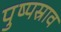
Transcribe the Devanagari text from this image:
पुष्पस्राव